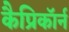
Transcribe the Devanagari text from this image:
कैप्रिकॉर्न